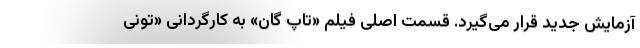
آزمایش جدید قرار می‌گیرد. قسمت اصلی فیلم «تاپ گان» به کارگردانی «تونی